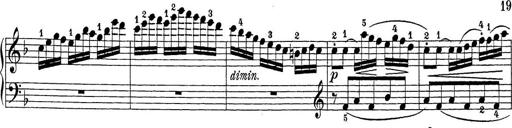
Title: Sonatina Album
Composer: Louis KÃ¶hler